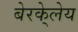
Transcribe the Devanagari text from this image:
बेरके्लेय